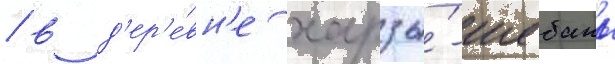
/ в д'ер'е́вн'е харзы́-шебань